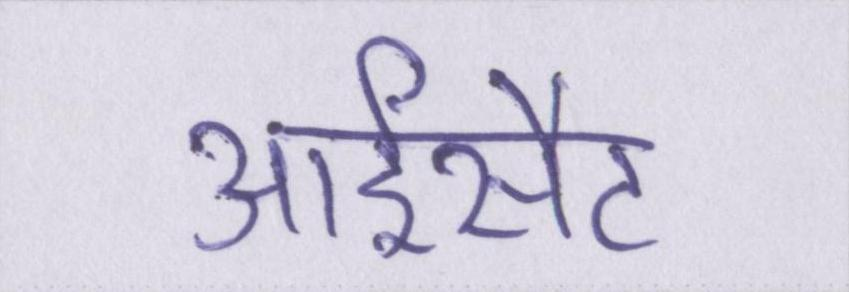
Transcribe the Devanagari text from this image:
आईसैट